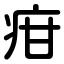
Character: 疳